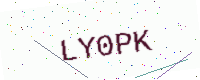
Text: LY0PK